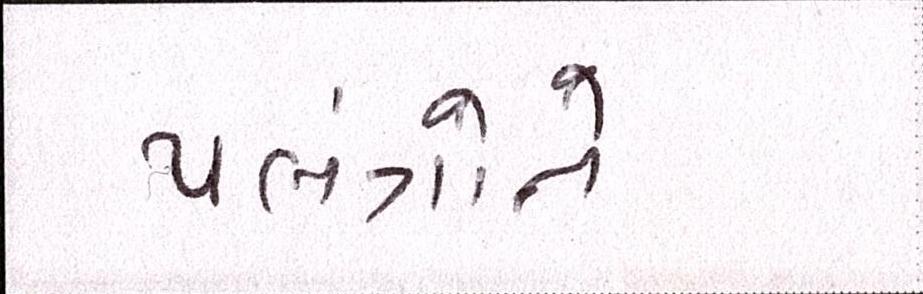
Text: પલંગોને